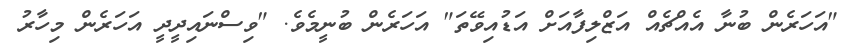
"އަހަރެން ބުނާ އެއްޗެއް އަޒްލިފާއަށް އަޑުއިވޭތަ" އަހަރެން ބުނީމެވެ. "ވިސްނައިދީދީ އަހަރެން މިހާރު